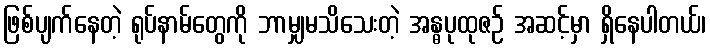
ဖြစ်ပျက်နေတဲ့ ရုပ်နာမ်တွေကို ဘာမျှမသိသေးတဲ့ အန္ဓပုထုဇဉ် အဆင့်မှာ ရှိနေပါတယ်၊